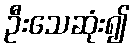
ဦးသေဆုံး၍